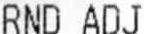
RND ADJ